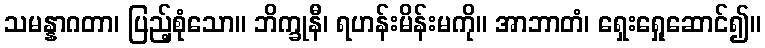
သမန္နာဂတာ၊ ပြည့်စုံသော။ ဘိက္ခုနီ၊ ရဟန်းမိန်းမကို။ အာဘာတံ၊ ရှေးရှေုဆောင်၍။